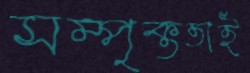
সম্পৃক্ততাই